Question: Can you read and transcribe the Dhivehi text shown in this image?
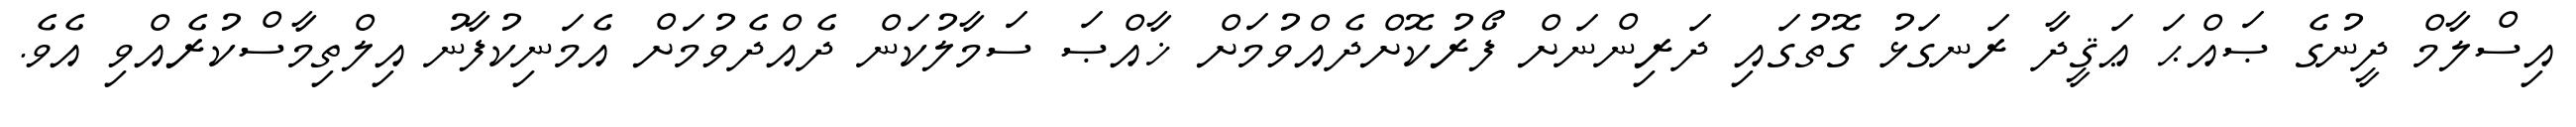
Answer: އިސްލާމް ދީނުގެ ޞައްޙަ ޢަޤީދާ ރަނގަޅު ގޮތުގައި ދަރިންނަށް ފޯރުކޮށްދެއްވުމަށް ޚާއްޞަ ސަމާލުކަން ދެއްދެވުމަށް އެމަނިކުފާނު އިލްތިމާސްކުރެއްވި އެވެ.